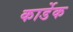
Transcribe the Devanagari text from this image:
कार्डेक